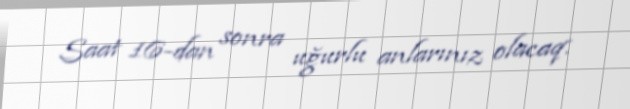
Saat 16-dan sonra uğurlu anlarınız olacaq.